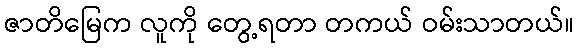
ဇာတိမြေက လူကို တွေ့ရတာ တကယ် ဝမ်းသာတယ်။